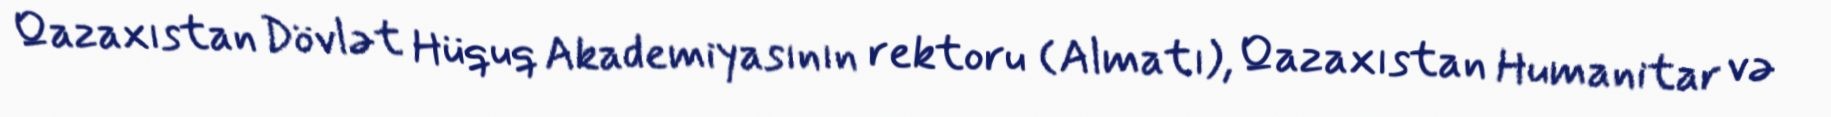
Qazaxıstan Dövlət Hüquq Akademiyasının rektoru (Almatı), Qazaxıstan Humanitar və